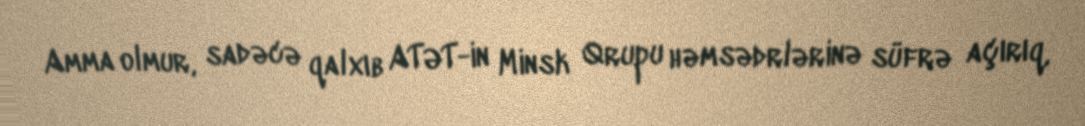
Amma olmur, sadəcə qalxıb ATƏT-in Minsk Qrupu həmsədrlərinə süfrə açırıq,